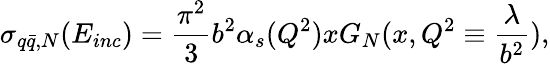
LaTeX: \sigma_{q\bar{q},N}(E_{inc})={\frac{\pi^{2}}{3}}b^{2}\alpha_{s}(Q^{2})xG_{N}(x,Q^{2}\equiv{\frac{\lambda}{b^{2}}}),